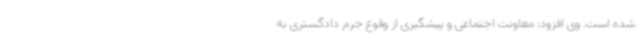
شده است. وی افزود: معاونت اجتماعی و پیشگیری از وقوع جرم دادگستری به